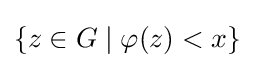
\{z\in G\mid \varphi (z)<x\}